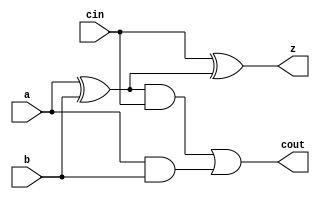
module yAdder1(z, cout, a, b, cin); 
output z, cout; 
input a, b, cin; 
 
xor left_xor(tmp, a, b); 
xor right_xor(z, cin, tmp); 
and left_and(outL, a, b); 
and right_and(outR, tmp, cin); 
or my_or(cout, outR, outL); 
 
endmodule